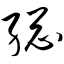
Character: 总